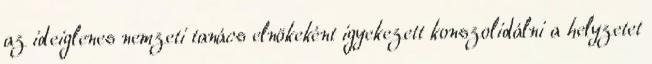
az ideiglenes nemzeti tanács elnökeként igyekezett konszolidálni a helyzetet